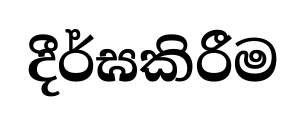
දීර්ඝකිරීම